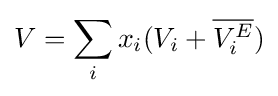
{V}=\sum _{i}x_{i}(V_{i}+{\overline {V_{i}^{E}}})